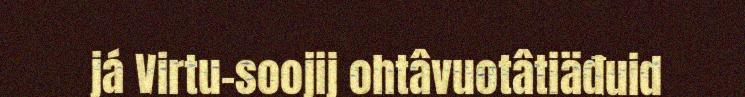
já Virtu-soojij ohtâvuotâtiäđuid